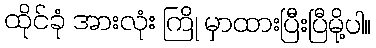
ထိုင်ခုံ အားလုံး ကြို မှာထားပြီးပြီမို့ပါ။